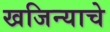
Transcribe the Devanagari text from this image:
खजिन्याचे